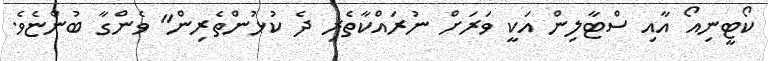
ކޯޓީނިއޯ އާއި ސްޓާލިން އަކީ ވަރަށް ނުރައްކާތެރި ދެ ކުޅުންތެރިން" ވެންގާ ބުންޏެވެ.